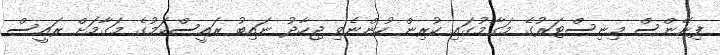
ފިނޭންސް މިނިސްޓަރުގެ މަގާމުގައި ކުރިން ހުންނެވި ޖިހާދު ނައިބު ރައީސްކަމުގެ މަގާމަށް ރައީސް